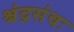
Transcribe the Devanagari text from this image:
श्चंद्रसंवः